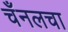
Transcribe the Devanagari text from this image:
चँनलचा